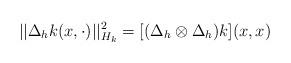
LaTeX: \begin{align*}||\Delta_h k(x,\cdot)||_{H_k}^2 = [(\Delta_h \otimes\Delta_h)k](x,x)\end{align*}